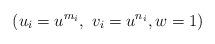
LaTeX: \begin{align*} ( u_i = u^{m_i}, \ v_i = u^{n_i} , w=1) \end{align*}